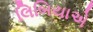
લિબિયાએ